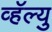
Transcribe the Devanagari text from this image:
व्हॅल्यु